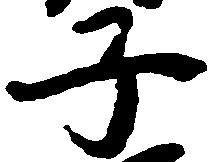
子